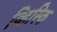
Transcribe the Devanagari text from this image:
व्हिस्कि